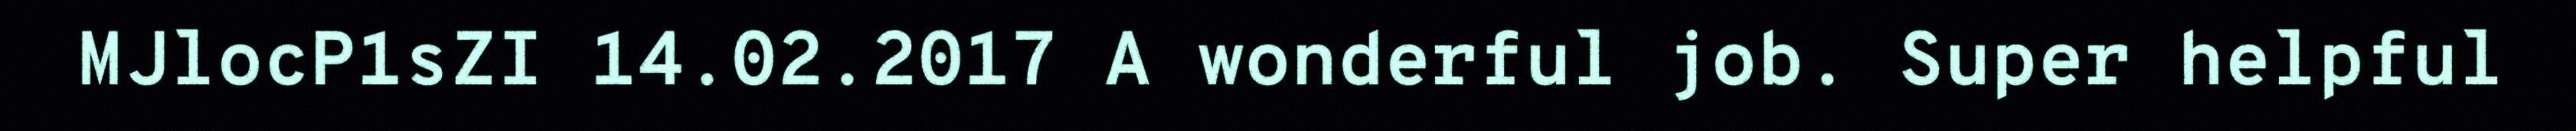
MJlocP1sZI 14.02.2017 A wonderful job. Super helpful